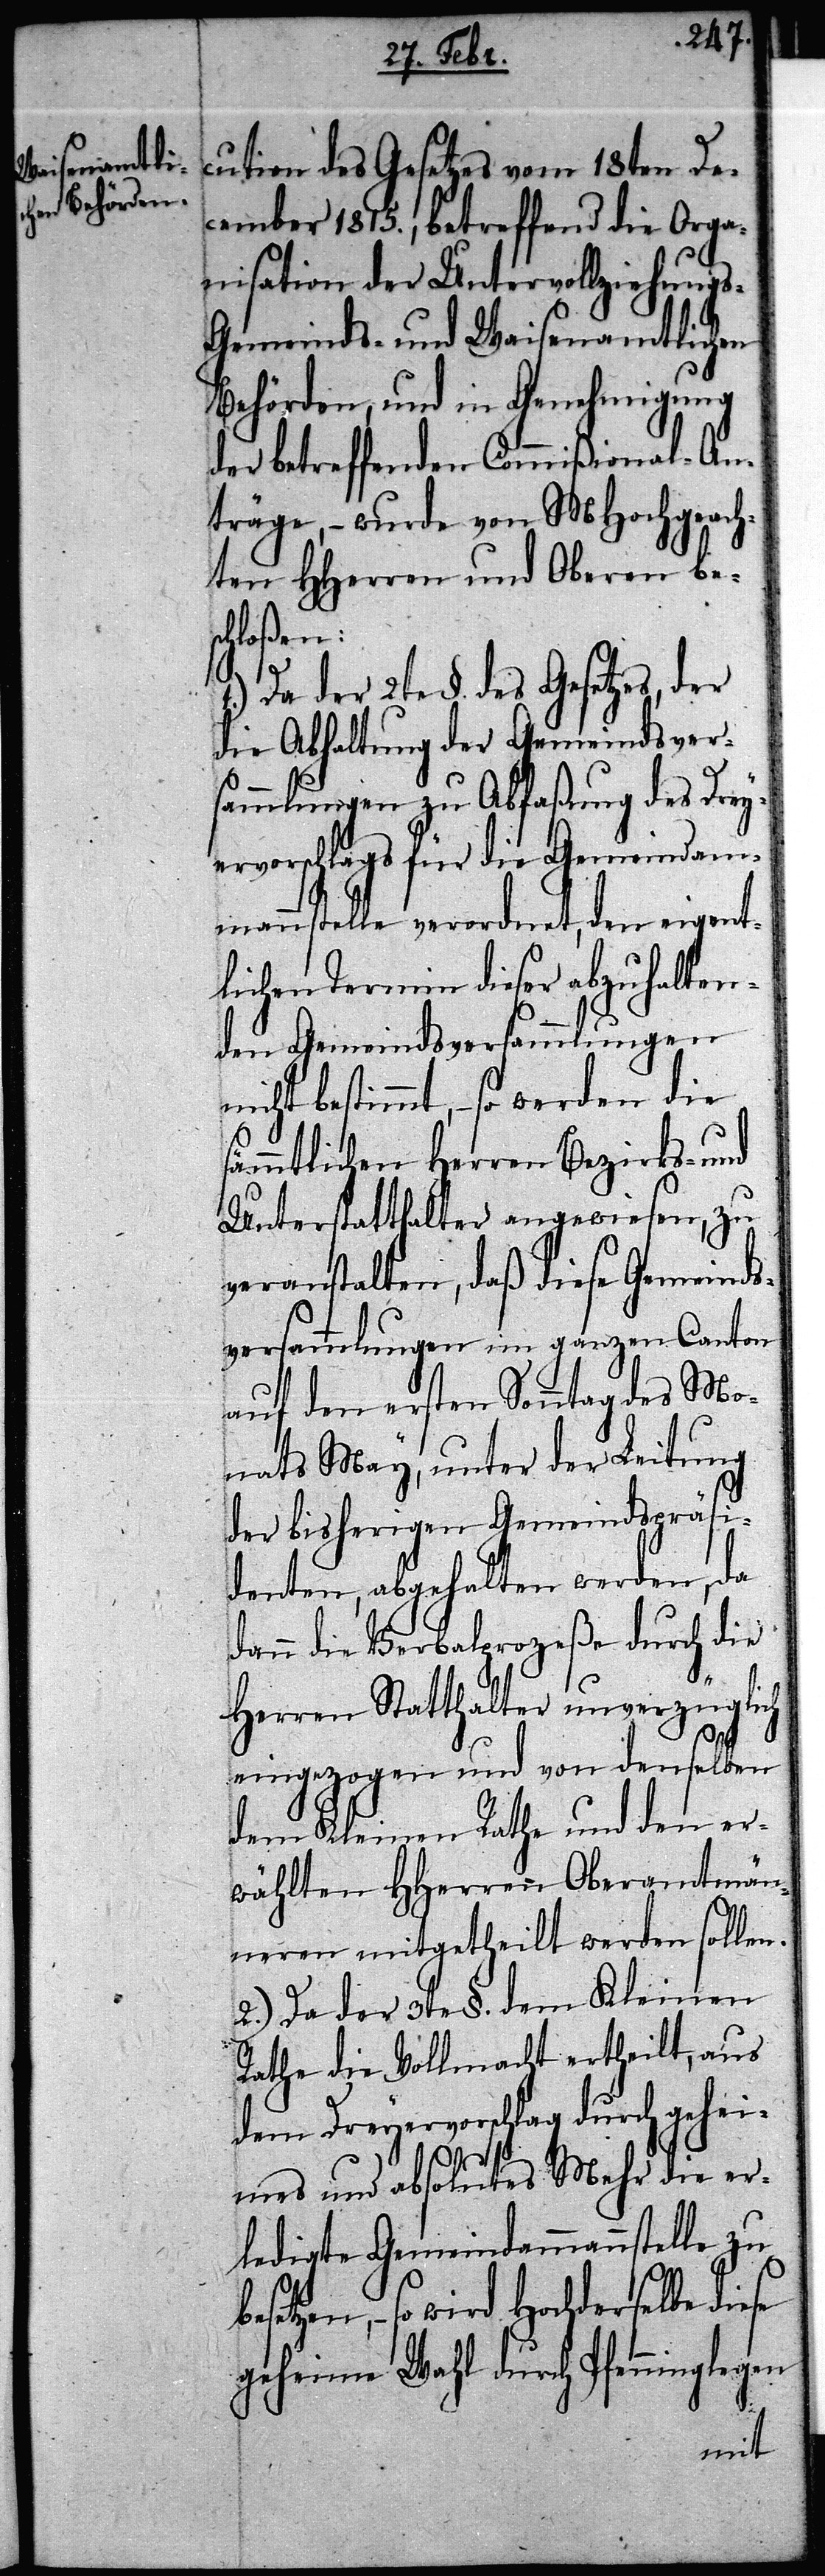
cution des Gesetzes vom 18ten De¬
cember 1815., betreffend die Orga¬
nisation der Untervollziehungs-G¬
emeinds- und Waisenamtlichen
Behörden, und in Genehmigung
der betreffenden Commißional-An¬
träge, – wurde von MHochgeach¬
ten HHerren und Oberen bes¬
chloßen:
Da der 2te §. des Gesetzes, der
die Abhaltung der Gemeindsver¬
sammlungen zu Abfaßung des Drey¬
ervorschlags für die Gemeindam¬
mannstelle verordnet, den eigent¬
lichen Termin dieser abzuhalten¬
den Gemeindsversammlungen
nicht bestimmt, – so werden die
sämmtlichen Herren Bezirks- und
Unterstatthalter angewiesen, zu
veranstalten, daß diese Gemeinds¬
versammlungen im ganzen Canton
auf den ersten Sonntag des Mo¬
nats May, unter der Leitung
der bisherigen Gemeindspräsi¬
denten, abgehalten werden, da
dann die Verbalprozeße durch die
Herren Statthalter unverzüglich
eingezogen und von denselben
dem Kleinen Rathe und den er¬
wählten mitgetheilt werden sollen.
2.) Da der 3te §. dem Kleinen
Rathe die Vollmacht ertheilt, aus
dem Dreyervorschlag durch gehei¬
mes und absolutes Mehr die er¬
ledigte Gemeindammannstelle zu
so wird Hochderselbe diese
geheime Wahl durch Pfenninglegen